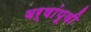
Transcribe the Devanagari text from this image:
वर्षांपूवी